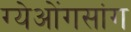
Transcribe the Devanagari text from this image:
ग्येओंगसांग